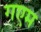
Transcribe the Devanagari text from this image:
गएम